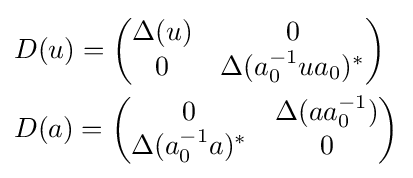
{\begin{aligned}&D(u)={\begin{pmatrix}\Delta (u)&0\\0&\Delta (a_{0}^{-1}ua_{0})^{*}\end{pmatrix}}\\&D(a)={\begin{pmatrix}0&\Delta (aa_{0}^{-1})\\\Delta (a_{0}^{-1}a)^{*}&0\end{pmatrix}}\end{aligned}}